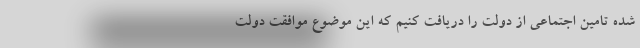
شده تامین اجتماعی از دولت را دریافت کنیم که این موضوع موافقت دولت